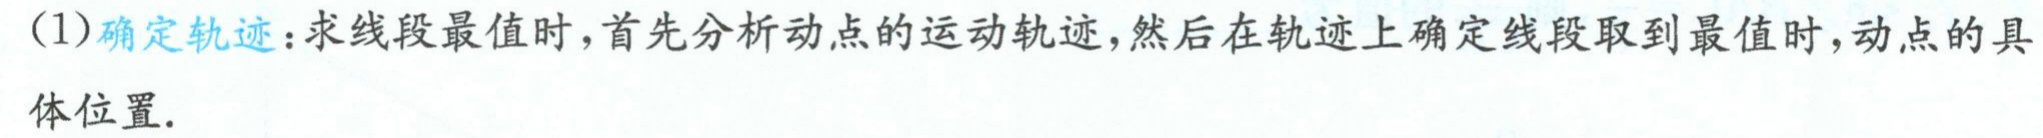
(1)确定轨迹：求线段最值时，首先分析动点的运动轨迹，然后在轨迹上确定线段取到最值时，动点的具体位置.